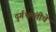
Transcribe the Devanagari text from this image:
दुर्गभ्रमंतीचे